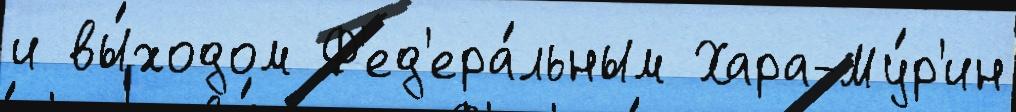
и вы́ходом Ф'ед'ера́льным Хара-Му́р'ин